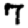
Digit: 7